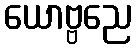
ယောဗ္ဗညေ